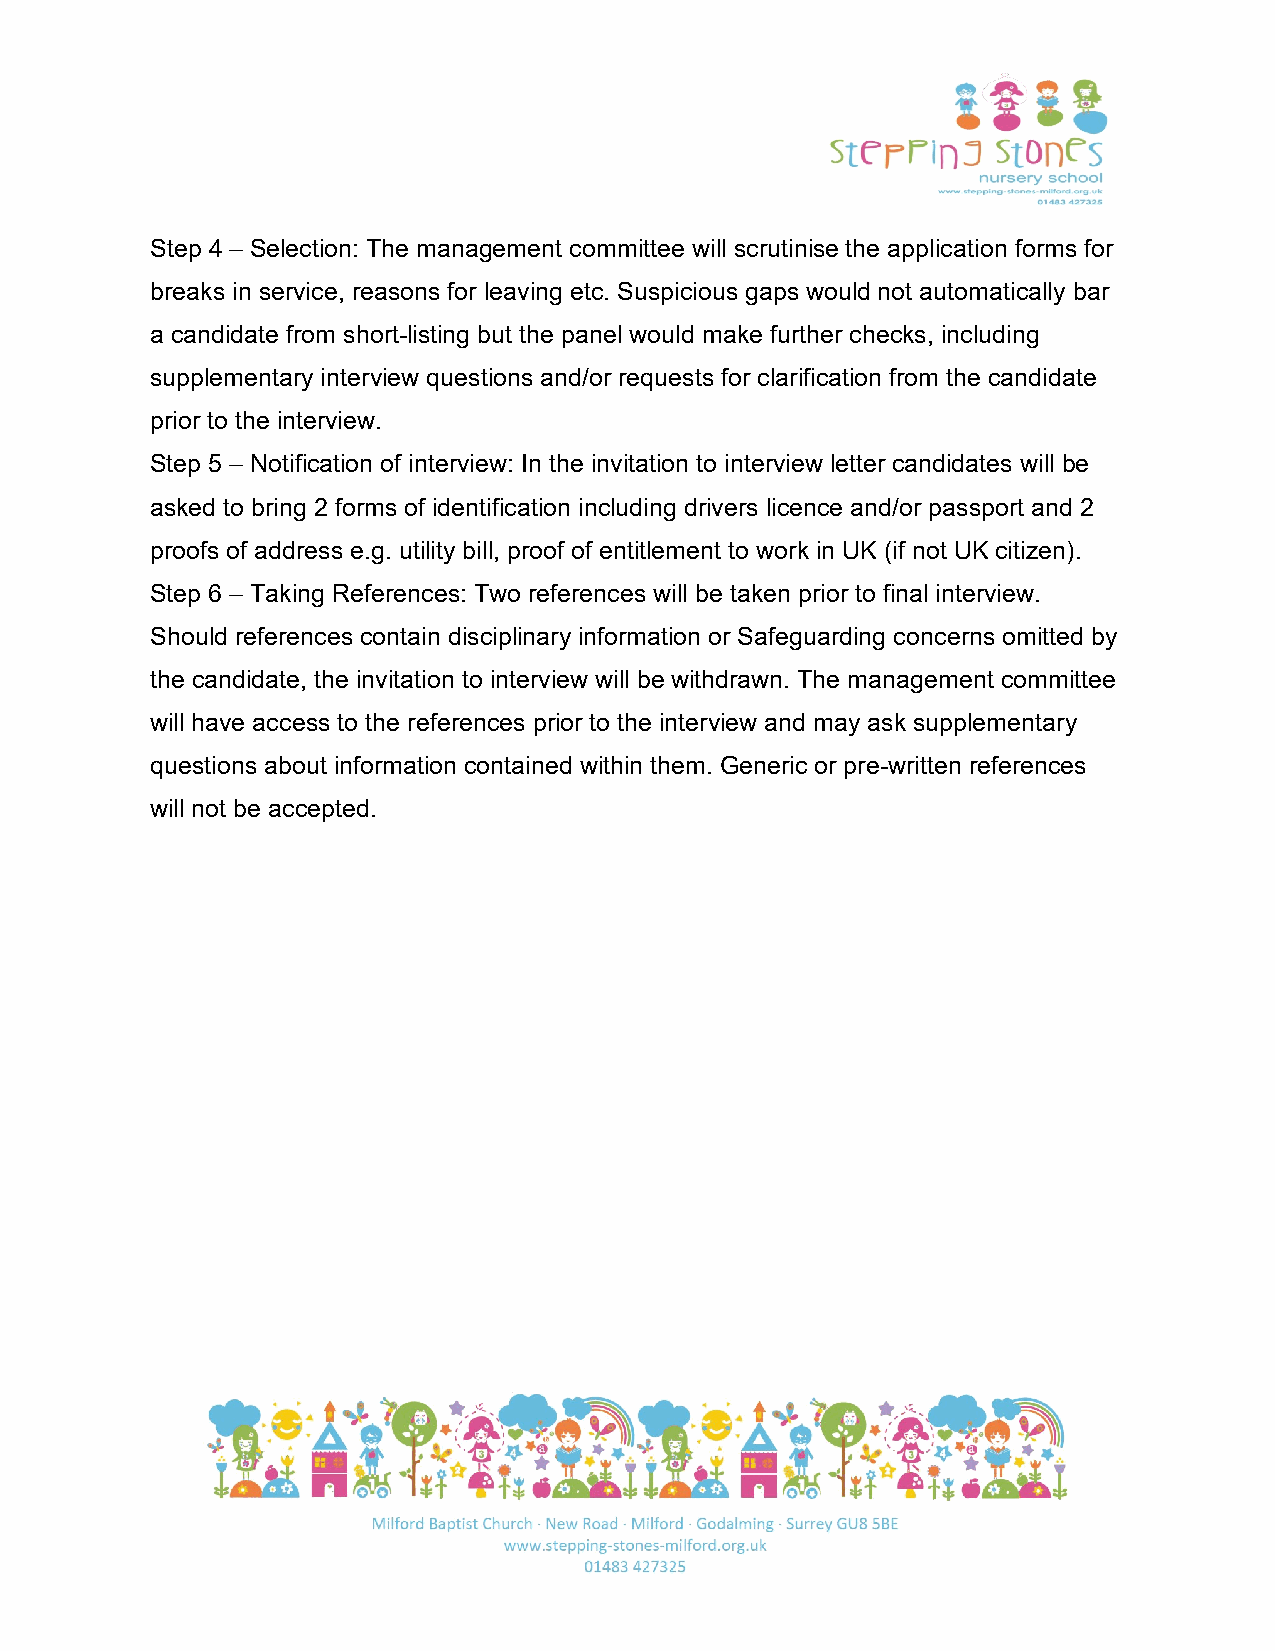
Step 4 – Selection: The management committee will scrutinise the application forms for
 breaks in service, reasons for leaving etc. Suspicious gaps would not automatically bar
 a candidate from short-listing but the panel would make further checks, including
 supplementary interview questions and/or requests for clarification from the candidate
 prior to the interview.
 Step 5 – Notification of interview: In the invitation to interview letter candidates will be
 asked to bring 2 forms of identification including drivers licence and/or passport and 2
 proofs of address e.g. utility bill, proof of entitlement to work in UK (if not UK citizen).
 Step 6 – Taking References: Two references will be taken prior to final interview.
 Should references contain disciplinary information or Safeguarding concerns omitted by
 the candidate, the invitation to interview will be withdrawn. The management committee
 will have access to the references prior to the interview and may ask supplementary
 questions about information contained within them. Generic or pre-written references
 will not be accepted.